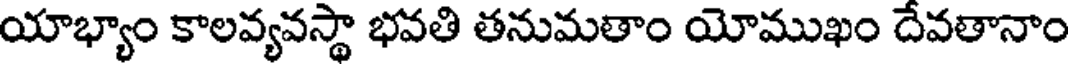
యాభ్యాం కాలవ్యవస్థా భవతి తనుమతాం యోముఖం దేవతానాం